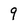
Character: 9